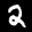
Label: 2